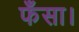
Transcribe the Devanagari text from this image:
फँसा।